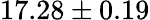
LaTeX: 17.28\pm 0.19